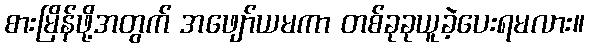
စားမြိန်ဖို့အတွက် အဖျော်ယမကာ တစ်ခုခုယူခဲ့ပေးရမလား။